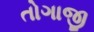
તોગાજી